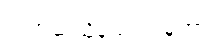
အဘယ်သို့နည်းဟူမူကား